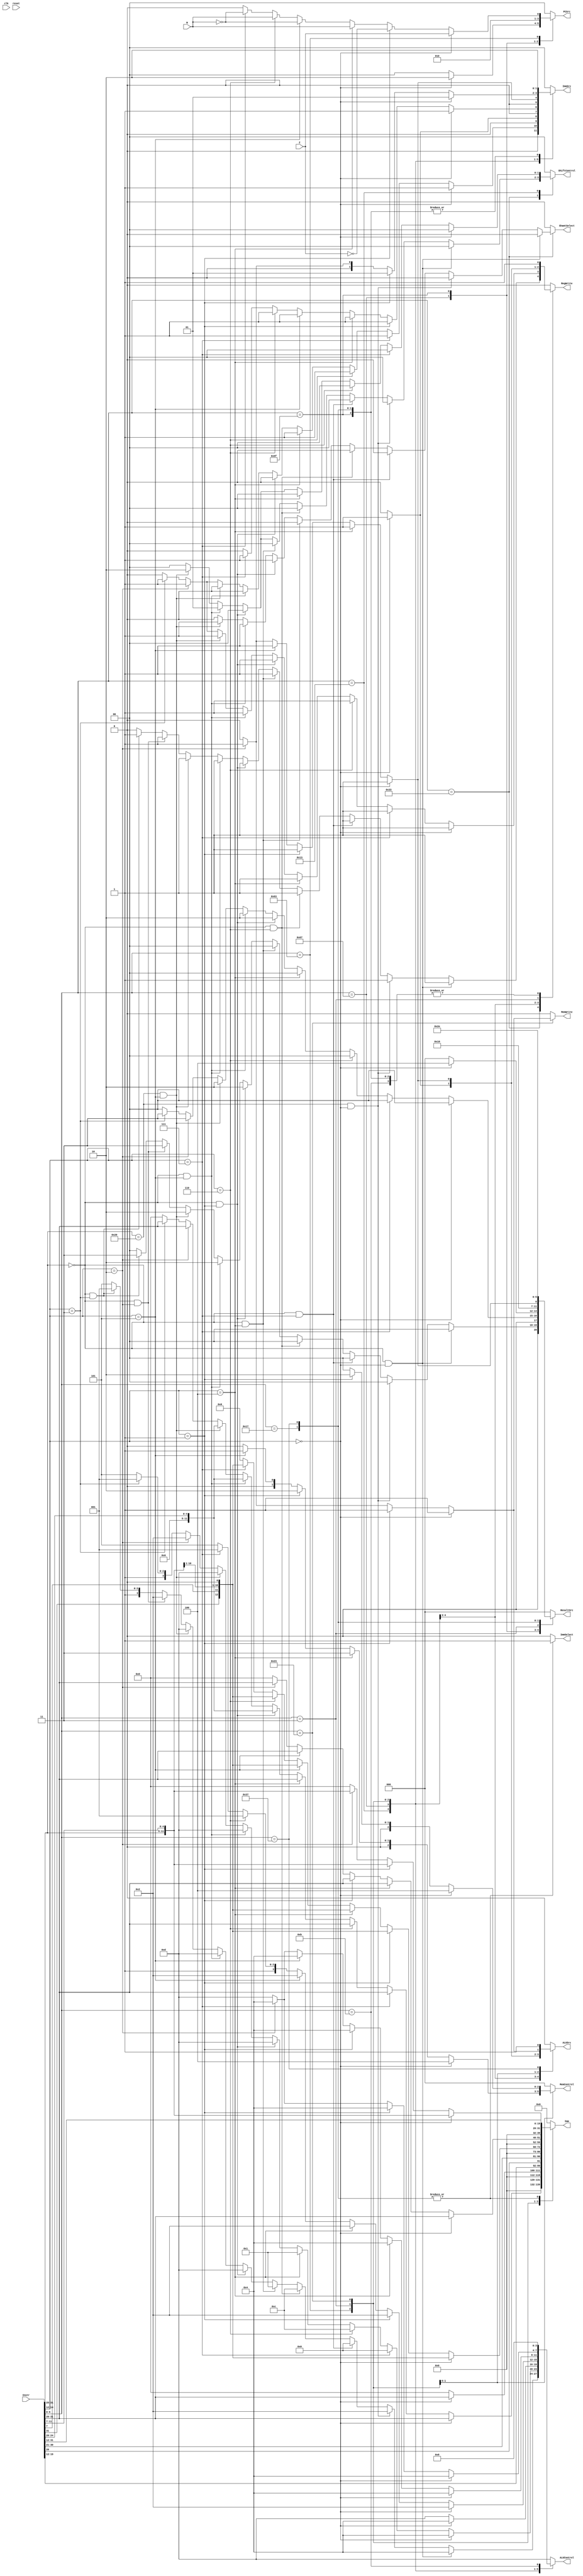
module controller(
	input Z, N, clk, reset,				 									// input signals coming from the datapath
	input [31:0] Instr,												
	output reg RegWrite, MemWrite, ALUSrc, ImmSelect, ShamtSelect,
	output reg [1:0] ImmSrc, ShiftControl, PCSrc,
	output reg [2:0] ResultSrc, MemControl,
	output reg [3:0] ALUControl,
	output reg [19:0] Imm
);

// MNEMONICS
localparam 	ADD=4'b0100,
				SUB=4'b0010,
				AND=4'b0000,
				ORR=4'b1100,
				MOV=4'b1101,
				CMP=4'b1010,
				EXOR=4'b0001,
				SUBU=4'b1001,
				XORID=4'b1000;
				
localparam  EXT5=2'b00,
				EXT12=2'b01,
				EXT20=2'b10;
				
	 
localparam LSL=2'b00,
			  LSR=2'b01,
			  ASR=2'b10,
			  RR=2'b11;
			  
localparam 	W =3'b000,
				HU=3'b001,
				H =3'b010,
				BU=3'b011,
				B =3'b100;		 
		
// DECODE //
wire [6:0] op, funct7;
wire [5:0] funct;
wire [2:0] funct3;
assign op = Instr[6:0];
assign funct7 = Instr[31:25];
assign funct3 = Instr[14:12];

initial begin
	PCSrc	  	 		= 2'b00;
	RegWrite  	 	= 1'b0;
	MemWrite	   	= 1'b0;
	ALUControl		= MOV;
	ALUSrc    		= 1'b0;
	ImmSrc    		= EXT5;
	ResultSrc		= 3'b000;
	ImmSelect		= 1'b0;
	ShiftControl	= LSL;
	Imm				= 20'b0;
	MemControl     = W;
	ShamtSelect		= 0;
end

// Main Decoder		
always@(*) begin
	PCSrc	  	 		= 2'b00;
	RegWrite  	 	= 1'b0;
	MemWrite	   	= 1'b0;
	ALUControl		= MOV;
	ALUSrc    		= 1'b0;
	ImmSrc    		= EXT5;
	ResultSrc		= 3'b000;
	ImmSelect		= 1'b0;
	ShiftControl	= LSL;
	Imm				= 20'b0;
	MemControl     = W;
	ShamtSelect		= 0;
	case (op)
		7'b0110011: begin // R-Type
			if (funct7 == 7'b0000000 && funct3 == 3'b000) begin // ADD
				PCSrc	  	 		= 2'b00;
				RegWrite  	 	= 1'b1;
				MemWrite	   	= 1'b0;
				ALUControl		= ADD;
				ALUSrc    		= 1'b0;
				ImmSrc    		= EXT5;
				ResultSrc		= 3'b000;
				ImmSelect		= 1'b0;
				ShiftControl	= LSL;
				Imm				= 20'b0;
				MemControl     = W;
				ShamtSelect		= 0;
			end else if (funct7 == 7'b0100000 && funct3 == 3'b000) begin // SUB
				PCSrc	  	 		= 2'b00;
				RegWrite  	 	= 1'b1;
				MemWrite	   	= 1'b0;
				ALUControl		= SUB;
				ALUSrc    		= 1'b0;
				ImmSrc    		= EXT5;
				ResultSrc		= 3'b000;
				ImmSelect		= 1'b0;
				ShiftControl	= LSL;
				Imm				= 20'b0;
				MemControl     = W;
				ShamtSelect		= 0;
			end else if (funct7 == 7'b0000000 && funct3 == 3'b111) begin // AND
				PCSrc	  	 		= 2'b00;
				RegWrite  	 	= 1'b1;
				MemWrite	   	= 1'b0;
				ALUControl		= AND;
				ALUSrc    		= 1'b0;
				ImmSrc    		= EXT5;
				ResultSrc		= 3'b000;
				ImmSelect		= 1'b0;
				ShiftControl	= LSL;
				Imm				= 20'b0;
				MemControl     = W;
				ShamtSelect		= 0;
			end else if (funct7 == 7'b0000000 && funct3 == 3'b110) begin // OR
				PCSrc	  	 		= 2'b00;
				RegWrite  	 	= 1'b1;
				MemWrite	   	= 1'b0;
				ALUControl		= ORR;
				ALUSrc    		= 1'b0;
				ImmSrc    		= EXT5;
				ResultSrc		= 3'b000;
				ImmSelect		= 1'b0;
				ShiftControl	= LSL;
				Imm				= 20'b0;
				MemControl     = W;
				ShamtSelect		= 0;
			end else if (funct7 == 7'b0000000 && funct3 == 3'b100) begin // XOR
				PCSrc	  	 		= 2'b00;
				RegWrite  	 	= 1'b1;
				MemWrite	   	= 1'b0;
				ALUControl		= EXOR;
				ALUSrc    		= 1'b0;
				ImmSrc    		= EXT5;
				ResultSrc		= 3'b000;
				ImmSelect		= 1'b0;
				ShiftControl	= LSL;
				Imm				= 20'b0;
				MemControl     = W;
				ShamtSelect		= 0;
			end else if (funct7 == 7'b0000000 && funct3 == 3'b001) begin // SLL
				PCSrc	  	 		= 2'b00;
				RegWrite  	 	= 1'b1;
				MemWrite	   	= 1'b0;
				ALUControl		= MOV;
				ALUSrc    		= 1'b0;
				ImmSrc    		= EXT5;
				ResultSrc		= 3'b010;
				ImmSelect		= 1'b0;
				ShiftControl	= LSL;
				Imm				= 20'b0;
				MemControl     = W;
				ShamtSelect		= 1;
			end else if (funct7 == 7'b0000000 && funct3 == 3'b101) begin // SRL
				PCSrc	  	 		= 2'b00;
				RegWrite  	 	= 1'b1;
				MemWrite	   	= 1'b0;
				ALUControl		= MOV;
				ALUSrc    		= 1'b0;
				ImmSrc    		= EXT5;
				ResultSrc		= 3'b010;
				ImmSelect		= 1'b0;
				ShiftControl	= LSR;
				Imm				= 20'b0;
				MemControl     = W;
				ShamtSelect		= 1;
			end else if (funct7 == 7'b0100000 && funct3 == 3'b101) begin // SRA
				PCSrc	  	 		= 2'b00;
				RegWrite  	 	= 1'b1;
				MemWrite	   	= 1'b0;
				ALUControl		= MOV;
				ALUSrc    		= 1'b0;
				ImmSrc    		= EXT5;
				ResultSrc		= 3'b010;
				ImmSelect		= 1'b0;
				ShiftControl	= ASR;
				Imm				= 20'b0;
				MemControl     = W;
				ShamtSelect		= 1;
			end else if (funct7 == 7'b0000000 && funct3 == 3'b010) begin // SLT
				PCSrc	  	 		= 2'b00;
				RegWrite  	 	= 1'b1;
				MemWrite	   	= 1'b0;
				ALUControl		= SUB;
				ALUSrc    		= 1'b0;
				ImmSrc    		= EXT5;
				ResultSrc		= 3'b011;
				ImmSelect		= 1'b0;
				ShiftControl	= LSL;
				Imm				= 20'b0;
				MemControl     = W;
				ShamtSelect		= 0;
			end else if (funct7 == 7'b0000000 && funct3 == 3'b011) begin // SLTU
				PCSrc	  	 		= 2'b00;
				RegWrite  	 	= 1'b1;
				MemWrite	   	= 1'b0;
				ALUControl		= SUBU;
				ALUSrc    		= 1'b0;
				ImmSrc    		= EXT5;
				ResultSrc		= 3'b011;
				ImmSelect		= 1'b0;
				ShiftControl	= LSL;
				Imm				= 20'b0;
				MemControl     = W;
				ShamtSelect		= 0;
			end
			else begin
				PCSrc	  	 		= 2'b00;
				RegWrite  	 	= 1'b0;
				MemWrite	   	= 1'b0;
				ALUControl		= MOV;
				ALUSrc    		= 1'b0;
				ImmSrc    		= EXT5;
				ResultSrc		= 3'b000;
				ImmSelect		= 1'b0;
				ShiftControl	= LSL;
				Imm				= 20'b0;
				MemControl     = W;
				ShamtSelect		= 0;
			end
		end
		
		7'b0010011: begin // I-Type:
			if (funct3 == 3'b000) begin // ADDI
				PCSrc	  	 		= 2'b00;
				RegWrite  	 	= 1'b1;
				MemWrite	   	= 1'b0;
				ALUControl		= ADD;
				ALUSrc    		= 1'b1;
				ImmSrc    		= EXT12;
				ResultSrc		= 3'b000;
				ImmSelect		= 1'b0;
				ShiftControl	= LSL;
				Imm				= {8'b0,Instr[31:20]};
				MemControl     = W;
				ShamtSelect		= 0;
			end else if (funct3 == 3'b111) begin // ANDI
				PCSrc	  	 		= 2'b00;
				RegWrite  	 	= 1'b1;
				MemWrite	   	= 1'b0;
				ALUControl		= AND;
				ALUSrc    		= 1'b1;
				ImmSrc    		= EXT12;
				ResultSrc		= 3'b000;
				ImmSelect		= 1'b0;
				ShiftControl	= LSL;
				Imm				= {8'b0,Instr[31:20]};
				MemControl     = W;
				ShamtSelect		= 0;
			end else if (funct3 == 3'b110) begin // ORI
				PCSrc	  	 		= 2'b00;
				RegWrite  	 	= 1'b1;
				MemWrite	   	= 1'b0;
				ALUControl		= ORR;
				ALUSrc    		= 1'b1;
				ImmSrc    		= EXT12;
				ResultSrc		= 3'b000;
				ImmSelect		= 1'b0;
				ShiftControl	= LSL;
				Imm				= {8'b0,Instr[31:20]};
				MemControl     = W;
				ShamtSelect		= 0;
			end else if (funct3 == 3'b100) begin // XORI
				PCSrc	  	 		= 2'b00;
				RegWrite  	 	= 1'b1;
				MemWrite	   	= 1'b0;
				ALUControl		= EXOR;
				ALUSrc    		= 1'b1;
				ImmSrc    		= EXT12;
				ResultSrc		= 3'b000;
				ImmSelect		= 1'b0;
				ShiftControl	= LSL;
				Imm				= {8'b0,Instr[31:20]};
				MemControl     = W;
				ShamtSelect		= 0;
			end else if (funct7 == 7'b0000000 && funct3 == 3'b001) begin // SLLI
				PCSrc	  	 		= 2'b00;
				RegWrite  	 	= 1'b1;
				MemWrite	   	= 1'b0;
				ALUControl		= MOV;
				ALUSrc    		= 1'b0;
				ImmSrc    		= EXT5;
				ResultSrc		= 3'b010;
				ImmSelect		= 1'b0;
				ShiftControl	= LSL;
				Imm				= {15'b0,Instr[24:20]};
				MemControl     = W;
				ShamtSelect		= 0;
			end else if (funct7 == 7'b0000000 && funct3 == 3'b101) begin // SRLI
				PCSrc	  	 		= 2'b00;
				RegWrite  	 	= 1'b1;
				MemWrite	   	= 1'b0;
				ALUControl		= MOV;
				ALUSrc    		= 1'b0;
				ImmSrc    		= EXT5;
				ResultSrc		= 3'b010;
				ImmSelect		= 1'b0;
				ShiftControl	= LSR;
				Imm				= {15'b0,Instr[24:20]};
				MemControl     = W;
				ShamtSelect		= 0;
			end else if (funct7 == 7'b0100000 && funct3 == 3'b101) begin // SRAI
				PCSrc	  	 		= 2'b00;
				RegWrite  	 	= 1'b1;
				MemWrite	   	= 1'b0;
				ALUControl		= MOV;
				ALUSrc    		= 1'b0;
				ImmSrc    		= EXT5;
				ResultSrc		= 3'b010;
				ImmSelect		= 1'b0;
				ShiftControl	= ASR;
				Imm				= {15'b0,Instr[24:20]};
				MemControl     = W;
				ShamtSelect		= 0;
			end else if (funct3 == 3'b010) begin // SLTI
				PCSrc	  	 		= 2'b00;
				RegWrite  	 	= 1'b1;
				MemWrite	   	= 1'b0;
				ALUControl		= SUB;
				ALUSrc    		= 1'b1;
				ImmSrc    		= EXT12;
				ResultSrc		= 3'b011;
				ImmSelect		= 1'b0;
				ShiftControl	= LSL;
				Imm				= {8'b0,Instr[31:20]};
				MemControl     = W;
				ShamtSelect		= 0;
			end else if (funct3 == 3'b011) begin // SLTIU
				PCSrc	  	 		= 2'b00;
				RegWrite  	 	= 1'b1;
				MemWrite	   	= 1'b0;
				ALUControl		= SUBU;
				ALUSrc    		= 1'b1;
				ImmSrc    		= EXT12;
				ResultSrc		= 3'b011;
				ImmSelect		= 1'b0;
				ShiftControl	= LSL;
				Imm				= {8'b0,Instr[31:20]};
				MemControl     = W;
				ShamtSelect		= 0;
			end else begin
				PCSrc	  	 		= 2'b00;
				RegWrite  	 	= 1'b0;
				MemWrite	   	= 1'b0;
				ALUControl		= MOV;
				ALUSrc    		= 1'b0;
				ImmSrc    		= EXT5;
				ResultSrc		= 3'b000;
				ImmSelect		= 1'b0;
				ShiftControl	= LSL;
				Imm				= 20'b0;
				MemControl     = W;
				ShamtSelect		= 0;
			end
		end
		
		7'b1100111: begin 
			if (funct3 == 3'b000) begin // JALR
				PCSrc	  	 		= 2'b10;
				RegWrite  	 	= 1'b1;
				MemWrite	   	= 1'b0;
				ALUControl		= ADD;
				ALUSrc    		= 1'b1;
				ImmSrc    		= EXT12;
				ResultSrc		= 3'b100;
				ImmSelect		= 1'b0;
				ShiftControl	= LSL;
				Imm				= {8'b0,Instr[31:20]};
				MemControl     = W;
				ShamtSelect		= 0;
			end
			else begin
				PCSrc	  	 		= 2'b00;
				RegWrite  	 	= 1'b0;
				MemWrite	   	= 1'b0;
				ALUControl		= MOV;
				ALUSrc    		= 1'b0;
				ImmSrc    		= EXT5;
				ResultSrc		= 3'b000;
				ImmSelect		= 1'b0;
				ShiftControl	= LSL;
				Imm				= 20'b0;
				MemControl     = W;
				ShamtSelect		= 0;
			end
		end
		7'b1101111: begin // JAL
			PCSrc	  	 		= 2'b01;
			RegWrite  	 	= 1'b1;
			MemWrite	   	= 1'b0;
			ALUControl		= MOV;
			ALUSrc    		= 1'b0;
			ImmSrc    		= EXT20;
			ResultSrc		= 3'b100;
			ImmSelect		= 1'b0;
			ShiftControl	= LSL;
			Imm				= {Instr[31],Instr[19:12],Instr[20],Instr[30:21]} << 1;
			MemControl     = W;
			ShamtSelect		= 0;
		end
		
		7'b1100011: begin // B-Type
			if (funct3 == 3'b000) begin // BEQ
				PCSrc	  	 		= {1'b0,Z};
				RegWrite  	 	= 1'b0;
				MemWrite	   	= 1'b0;
				ALUControl		= SUB;
				ALUSrc    		= 1'b0;
				ImmSrc    		= EXT12;
				ResultSrc		= 3'b000;
				ImmSelect		= 1'b0;
				ShiftControl	= LSL;
				Imm				= {6'b0,Instr[31],Instr[7],Instr[30:25],Instr[11:8]} << 1;
				MemControl     = W;
				ShamtSelect		= 0;
			end else if (funct3 == 3'b001) begin // BNE
				PCSrc	  	 		= {1'b0,~Z};
				RegWrite  	 	= 1'b0;
				MemWrite	   	= 1'b0;
				ALUControl		= SUB;
				ALUSrc    		= 1'b0;
				ImmSrc    		= EXT12;
				ResultSrc		= 3'b000;
				ImmSelect		= 1'b0;
				ShiftControl	= LSL;
				Imm				= {6'b0,Instr[31],Instr[7],Instr[30:25],Instr[11:8]} << 1;
				MemControl     = W;
				ShamtSelect		= 0;
			end else if (funct3 == 3'b100) begin // BLT
				PCSrc	  	 		= {1'b0,N};
				RegWrite  	 	= 1'b0;
				MemWrite	   	= 1'b0;
				ALUControl		= SUB;
				ALUSrc    		= 1'b0;
				ImmSrc    		= EXT12;
				ResultSrc		= 3'b000;
				ImmSelect		= 1'b0;
				ShiftControl	= LSL;
				Imm				= {6'b0,Instr[31],Instr[7],Instr[30:25],Instr[11:8]} << 1;
				MemControl     = W;
				ShamtSelect		= 0;
			end else if (funct3 == 3'b101) begin // BGE
				PCSrc	  	 		= {1'b0,~N};
				RegWrite  	 	= 1'b0;
				MemWrite	   	= 1'b0;
				ALUControl		= SUB;
				ALUSrc    		= 1'b0;
				ImmSrc    		= EXT12;
				ResultSrc		= 3'b000;
				ImmSelect		= 1'b0;
				ShiftControl	= LSL;
				Imm				= {6'b0,Instr[31],Instr[7],Instr[30:25],Instr[11:8]} << 1;
				MemControl     = W;
				ShamtSelect		= 0;
			end else if (funct3 == 3'b110) begin // BLTU
				PCSrc	  	 		= {1'b0,N};
				RegWrite  	 	= 1'b0;
				MemWrite	   	= 1'b0;
				ALUControl		= SUBU;
				ALUSrc    		= 1'b0;
				ImmSrc    		= EXT12;
				ResultSrc		= 3'b000;
				ImmSelect		= 1'b0;
				ShiftControl	= LSL;
				Imm				= {6'b0,Instr[31],Instr[7],Instr[30:25],Instr[11:8]} << 1;
				MemControl     = W;
				ShamtSelect		= 0;
			end else if (funct3 == 3'b111) begin // BGEU
				PCSrc	  	 		= {1'b0,~N};
				RegWrite  	 	= 1'b0;
				MemWrite	   	= 1'b0;
				ALUControl		= SUBU;
				ALUSrc    		= 1'b0;
				ImmSrc    		= EXT12;
				ResultSrc		= 3'b000;
				ImmSelect		= 1'b0;
				ShiftControl	= LSL;
				Imm				= {6'b0,Instr[31],Instr[7],Instr[30:25],Instr[11:8]} << 1;
				MemControl     = W;
				ShamtSelect		= 0;
			end else begin
				PCSrc	  	 		= 2'b00;
				RegWrite  	 	= 1'b0;
				MemWrite	   	= 1'b0;
				ALUControl		= MOV;
				ALUSrc    		= 1'b0;
				ImmSrc    		= EXT5;
				ResultSrc		= 3'b000;
				ImmSelect		= 1'b0;
				ShiftControl	= LSL;
				Imm				= 20'b0;
				MemControl     = W;
				ShamtSelect		= 0;
			end
		end
		7'b0000011: begin // L-Type
			if (funct3 == 3'b000) begin // LB
				PCSrc	  	 		= 2'b00;
				RegWrite  	 	= 1'b1;
				MemWrite	   	= 1'b0;
				ALUControl		= ADD;
				ALUSrc    		= 1'b1;
				ImmSrc    		= EXT12;
				ResultSrc		= 3'b001;
				ImmSelect		= 1'b0;
				ShiftControl	= LSL;
				Imm				= {8'b0,Instr[31:20]};
				MemControl     = B;
				ShamtSelect		= 0;
			end else if (funct3 == 3'b100) begin // LBU
				PCSrc	  	 		= 2'b00;
				RegWrite  	 	= 1'b1;
				MemWrite	   	= 1'b0;
				ALUControl		= ADD;
				ALUSrc    		= 1'b1;
				ImmSrc    		= EXT12;
				ResultSrc		= 3'b001;
				ImmSelect		= 1'b0;
				ShiftControl	= LSL;
				Imm				= {8'b0,Instr[31:20]};
				MemControl     = BU;
				ShamtSelect		= 0;
			end else if (funct3 == 3'b001) begin // LH
				PCSrc	  	 		= 2'b00;
				RegWrite  	 	= 1'b1;
				MemWrite	   	= 1'b0;
				ALUControl		= ADD;
				ALUSrc    		= 1'b1;
				ImmSrc    		= EXT12;
				ResultSrc		= 3'b001;
				ImmSelect		= 1'b0;
				ShiftControl	= LSL;
				Imm				= {8'b0,Instr[31:20]};
				MemControl     = H;
				ShamtSelect		= 0;
			end else if (funct3 == 3'b101) begin // LHU
				PCSrc	  	 		= 2'b00;
				RegWrite  	 	= 1'b1;
				MemWrite	   	= 1'b0;
				ALUControl		= ADD;
				ALUSrc    		= 1'b1;
				ImmSrc    		= EXT12;
				ResultSrc		= 3'b001;
				ImmSelect		= 1'b0;
				ShiftControl	= LSL;
				Imm				= {8'b0,Instr[31:20]};
				MemControl     = HU;
				ShamtSelect		= 0;
			end else if (funct3 == 3'b010) begin // LW
				PCSrc	  	 		= 2'b00;
				RegWrite  	 	= 1'b1;
				MemWrite	   	= 1'b0;
				ALUControl		= ADD;
				ALUSrc    		= 1'b1;
				ImmSrc    		= EXT12;
				ResultSrc		= 3'b001;
				ImmSelect		= 1'b0;
				ShiftControl	= LSL;
				Imm				= {8'b0,Instr[31:20]};
				MemControl     = W;
				ShamtSelect		= 0;
			end else begin
				PCSrc	  	 		= 2'b00;
				RegWrite  	 	= 1'b0;
				MemWrite	   	= 1'b0;
				ALUControl		= MOV;
				ALUSrc    		= 1'b0;
				ImmSrc    		= EXT5;
				ResultSrc		= 3'b000;
				ImmSelect		= 1'b0;
				ShiftControl	= LSL;
				Imm				= 20'b0;
				MemControl     = W;
				ShamtSelect		= 0;
			end
		end
		7'b0100011: begin // S-Type
			if (funct3 == 3'b000) begin // SB
				PCSrc	  	 		= 2'b00;
				RegWrite  	 	= 1'b0;
				MemWrite	   	= 1'b1;
				ALUControl		= ADD;
				ALUSrc    		= 1'b1;
				ImmSrc    		= EXT12;
				ResultSrc		= 3'b000;
				ImmSelect		= 1'b0;
				ShiftControl	= LSL;
				Imm				= {8'b0,Instr[31:25],Instr[11:7]};
				MemControl     = B;
				ShamtSelect		= 0;
			end else if (funct3 == 3'b001) begin // SH
				PCSrc	  	 		= 2'b00;
				RegWrite  	 	= 1'b0;
				MemWrite	   	= 1'b1;
				ALUControl		= ADD;
				ALUSrc    		= 1'b1;
				ImmSrc    		= EXT12;
				ResultSrc		= 3'b000;
				ImmSelect		= 1'b0;
				ShiftControl	= LSL;
				Imm				= {8'b0,Instr[31:25],Instr[11:7]};
				MemControl     = H;
				ShamtSelect		= 0;
			end else if (funct3 == 3'b010) begin // SW
				PCSrc	  	 		= 2'b00;
				RegWrite  	 	= 1'b0;
				MemWrite	   	= 1'b1;
				ALUControl		= ADD;
				ALUSrc    		= 1'b1;
				ImmSrc    		= EXT12;
				ResultSrc		= 3'b000;
				ImmSelect		= 1'b0;
				ShiftControl	= LSL;
				Imm				= {8'b0,Instr[31:25],Instr[11:7]};
				MemControl     = W;
				ShamtSelect		= 0;
			end else begin
				PCSrc	  	 		= 2'b00;
				RegWrite  	 	= 1'b0;
				MemWrite	   	= 1'b0;
				ALUControl		= MOV;
				ALUSrc    		= 1'b0;
				ImmSrc    		= EXT5;
				ResultSrc		= 3'b000;
				ImmSelect		= 1'b0;
				ShiftControl	= LSL;
				Imm				= 20'b0;
				MemControl     = W;
				ShamtSelect		= 0;
			end
		end
		7'b0010111: begin // AUIPC
			PCSrc	  	 		= 2'b00;
			RegWrite  	 	= 1'b1;
			MemWrite	   	= 1'b0;
			ALUControl		= MOV;
			ALUSrc    		= 1'b0;
			ImmSrc    		= EXT20;
			ResultSrc		= 3'b101;
			ImmSelect		= 1'b1;
			ShiftControl	= LSL;
			Imm				= Instr[31:12];
			MemControl     = W;
			ShamtSelect		= 0;
		end
		7'b0110111: begin // LUI
			PCSrc	  	 		= 2'b00;
			RegWrite  	 	= 1'b1;
			MemWrite	   	= 1'b0;
			ALUControl		= MOV;
			ALUSrc    		= 1'b1;
			ImmSrc    		= EXT20;
			ResultSrc		= 3'b110;
			ImmSelect		= 1'b1;
			ShiftControl	= LSL;
			Imm				= Instr[31:12];
			MemControl     = W;
			ShamtSelect		= 0;
		end
		7'b0001011: begin // XORID
			PCSrc	  	 		= 2'b00;
			RegWrite  	 	= 1'b1;
			MemWrite	   	= 1'b0;
			ALUControl		= XORID;
			ALUSrc    		= 1'b0;
			ImmSrc    		= EXT5;
			ResultSrc		= 3'b000;
			ImmSelect		= 1'b0;
			ShiftControl	= LSL;
			Imm				= 20'b0;
			MemControl     = W;
			ShamtSelect		= 0;
		end
		default: begin
			PCSrc	  	 		= 2'b00;
			RegWrite  	 	= 1'b0;
			MemWrite	   	= 1'b0;
			ALUControl		= MOV;
			ALUSrc    		= 1'b0;
			ImmSrc    		= EXT5;
			ResultSrc		= 3'b000;
			ImmSelect		= 1'b0;
			ShiftControl	= LSL;
			Imm				= 20'b0;
			MemControl     = W;
			ShamtSelect		= 0;
		end
	endcase
end

endmodule